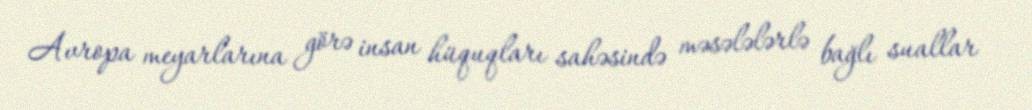
Avropa meyarlarına görə insan hüquqları sahəsində məsələlərlə bağlı suallar